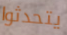
يتحدثوا